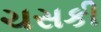
ચસકી